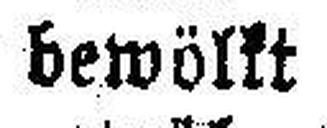
bewölkt